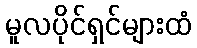
မူလပိုင်ရှင်များထံ